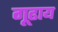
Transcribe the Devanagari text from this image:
गूढाय